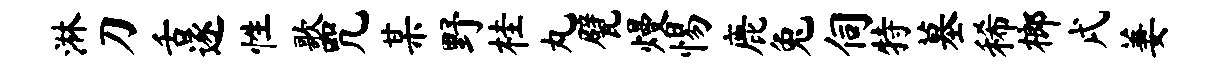
淋刀舌逐性歌咒某野桂丸甓熳惕鹿兔伺特墓稀榔戌萋